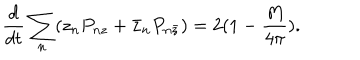
\frac { d } { d t } \sum _ { n } ( z _ { n } P _ { n z } + \bar { z } _ { n } P _ { n \bar { z } } ) = 2 ( 1 - \frac { M } { 4 \pi } ) .